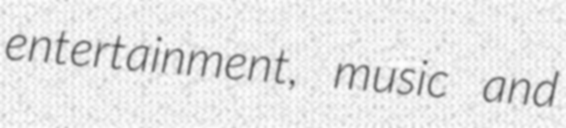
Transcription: entertainment, music and